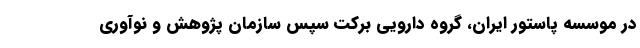
در موسسه پاستور ایران، گروه دارویی برکت سپس سازمان پژوهش و نوآوری